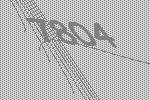
7804